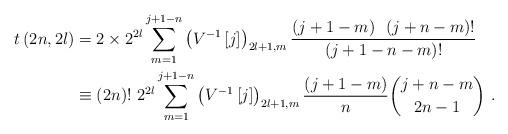
LaTeX: \begin{align*}t\left( 2n,2l\right) & =2\times2^{2l}\sum_{m=1}^{j+1-n}\left(V^{-1}\left[ j\right] \right) _{2l+1,m}\frac{\left( j+1-m\right) ~\left(j+n-m\right) !}{\left( j+1-n-m\right) !}\\& \equiv\left( 2n\right) !~2^{2l}\sum_{m=1}^{j+1-n}\left( V^{-1}\left[j\right] \right) _{2l+1,m}\frac{\left( j+1-m\right) }{n}\binom{j+n-m}{2n-1}\ . \end{align*}